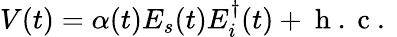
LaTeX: V(t)=\alpha(t)E_{s}(t)E_{i}^{\dagger}(t)+\mathrm{~h~.~c~.~}